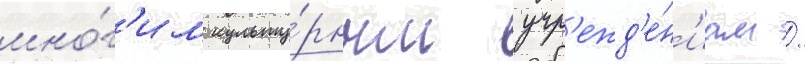
мно́г'им культу́рным учр'ежд'е́н'иам /